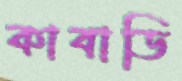
কাবাডি